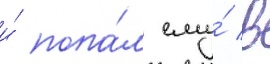
и́ попа́л ему́ в